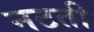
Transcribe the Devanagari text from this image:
नटती